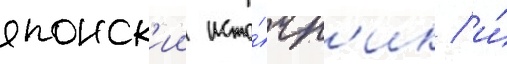
японск'ии исто́чн'ик / и́